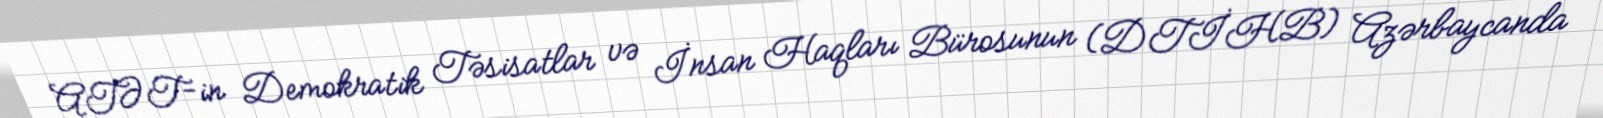
ATƏT-in Demokratik Təsisatlar və İnsan Haqları Bürosunun (DTİHB) Azərbaycanda